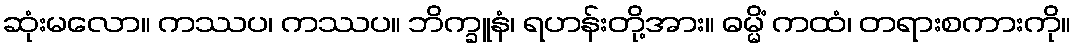
ဆုံးမလော။ ကဿပ၊ ကဿပ။ ဘိက္ခူနံ၊ ရဟန်းတို့အား။ ဓမ္မိံ ကထံ၊ တရားစကားကို။